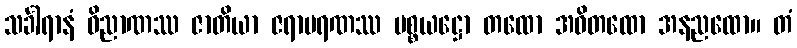
သင်္ခါရာနံ ဝိညာဏဿ ဇာတိယာ ဇရာမရဏဿ ပစ္စယဋ္ဌော တထော အဝိတထော အနညထော။ တံ